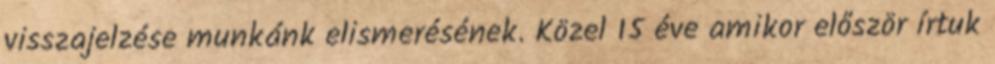
visszajelzése munkánk elismerésének. Közel 15 éve amikor először írtuk